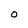
Character: 0